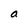
Character: a